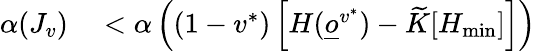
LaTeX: \begin{array}{rl}{\alpha(J_{v})}&{{}<\alpha\left((1-v^{*})\left[H(\underline{o}^{v^{*}})-\widetilde K[H_{\operatorname*{min}}]\right]\right)}\end{array}